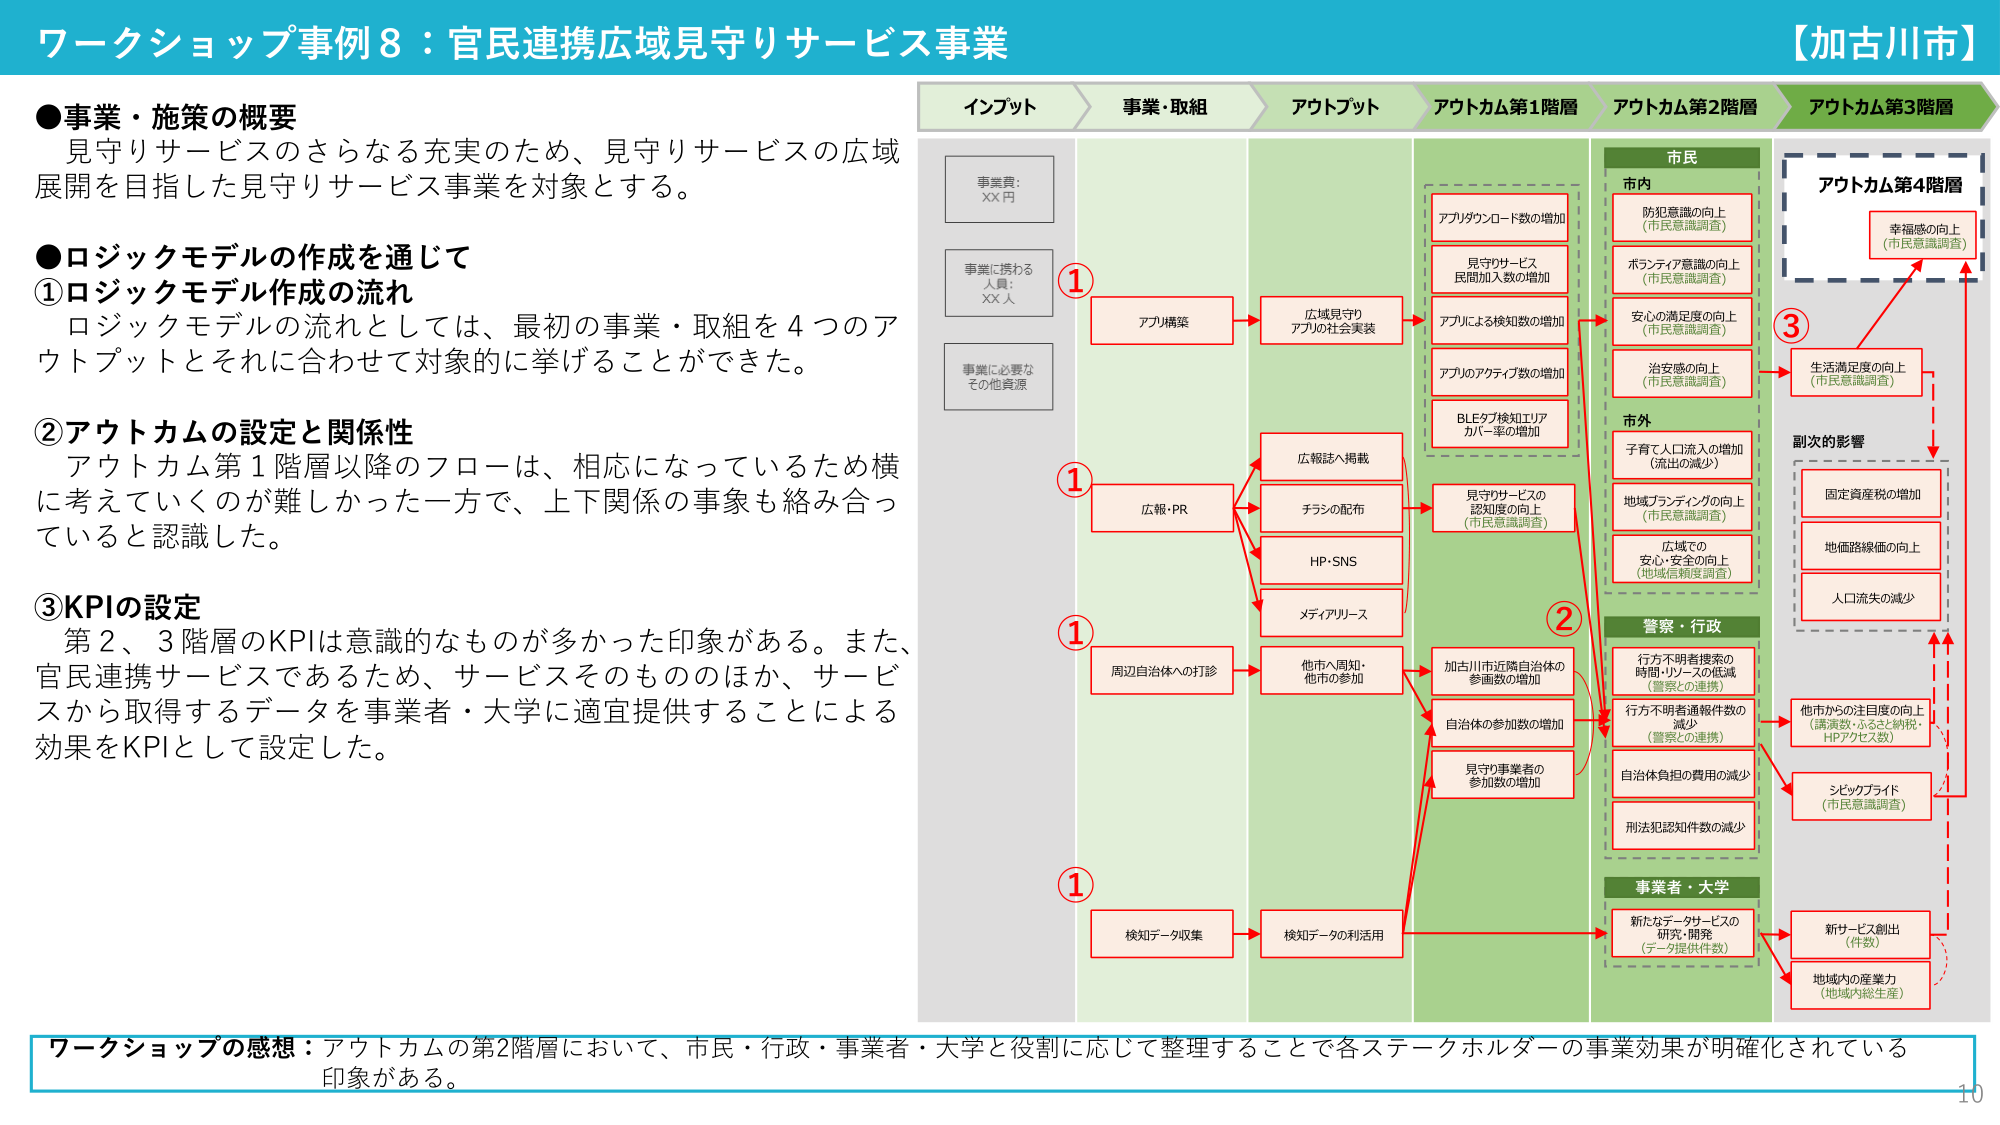
ワークショップ事例8：官民連携広域見守りサービス事業
【加古川市】

●事業・施策の概要
見守りサービスのさらなる充実のため、見守りサービスの広域展開を目指した見守りサービス事業を対象とする。

●ロジックモデルの作成を通じて
①ロジックモデル作成の流れ
ロジックモデルの流れとしては、最初の事業・取組を4つのアウトプットとそれに合わせて対象的に挙げることができた。

②アウトカムの設定と関係性
アウトカム第1階層以降のフローは、相応になっているため横に考えていくのが難しかった一方で、上下関係の事象も絡み合っていると認識した。

③KPIの設定
第2、3階層のKPIは意識的なものが多かった印象がある。また、官民連携サービスであるため、サービスそのもののほか、サービスから取得するデータを事業者・大学に適宜提供することによる効果をKPIとして設定した。

インプット
事業費：XX円
事業に携わる人員：XX人
事業に必要なその他資源

事業・取組
① アプリ構築
① 広報・PR
① 周辺自治体への打診
① 検知データ収集

アウトプット
広域見守りアプリの社会実装
広報誌へ掲載
チラシの配布
HP・SNS
メディアリリース
他市へ周知・他市の参加
検知データの利用

アウトカム第1階層
アプリダウンロード数の増加
見守りサービス民間加入数の増加
アプリによる検知数の増加
アプリのアクティブ数の増加
BLEケプ検知エリアカバー率の増加
見守りサービスの認知度の向上（市民意識調査）
加古川市近隣自治体の参画数の増加
自治体の参加数の増加
見守り事業者の参加数の増加

アウトカム第2階層
市民
市内
防犯意識の向上（市民意識調査）
ボランティア意識の向上（市民意識調査）
安心の満足度の向上（市民意識調査）
治安感の向上（市民意識調査）
市外
子育て人口流入の増加（流出の減少）
地域ブランディングの向上（市民意識調査）
広域での安心・安全の向上（地域信頼度調査）

警察・行政
行方不明者捜索の時間・リソースの低減（警察との連携）
行方不明者通報件数の減少（警察との連携）
自治体負担の費用の減少
刑法犯認知件数の減少

事業者・大学
新たなデータサービスの研究・開発（データ提供件数）

アウトカム第3階層
生活満足度の向上（市民意識調査）
他市からの注目度の向上（講演数・ふるさと納税・HPアクセス数）
シビックプライド（市民意識調査）
新サービス創出（件数）
地域内の産業力（地域内総生産）

アウトカム第4階層
幸福感の向上（市民意識調査）

副次的影響
固定資産税の増加
地価路線価の向上
人口流失の減少

ワークショップの感想：アウトカムの第2階層において、市民・行政・事業者・大学と役割に応じて整理することで各ステークホルダーの事業効果が明確化されている印象がある。

10